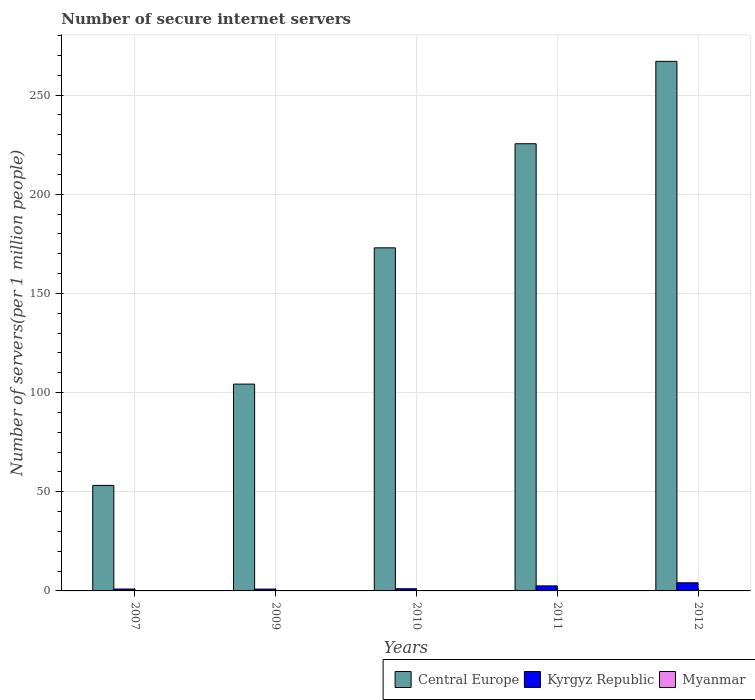
| Years | Central Europe | Kyrgyz Republic | Myanmar |
 | --- | --- | --- | --- |
 | 2007 | 53.2 | 0.949 | 0.0197 |
 | 2009 | 104 | 0.929 | 0.0195 |
 | 2010 | 173 | 1.1 | 0.058 |
 | 2011 | 225 | 2.54 | 0.0767 |
 | 2012 | 267 | 4.1 | 0.0952 |